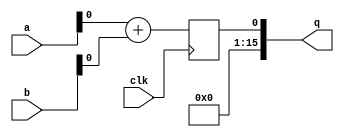
module addfxp_1(a, b, q, clk);
   parameter width = 16;
   input [width-1:0]  a, b; 
   input                     clk;
   output [width-1:0] q; 
   reg [width-1:0]    res; 
   assign                    q = res[0];
   integer                   i;
   always @(posedge clk) begin
     res[0] <= a+b;
   end
endmodule